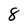
Character: 8